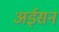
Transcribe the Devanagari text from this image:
अईसन